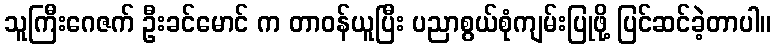
သူကြီးဂေဇက် ဦးခင်မောင် က တာဝန်ယူပြီး ပညာစွယ်စုံကျမ်းပြုဖို့ ပြင်ဆင်ခဲ့တာပါ။